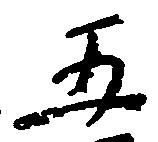
五